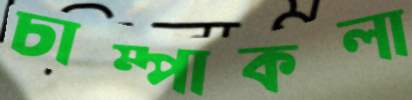
চাম্পাকলা